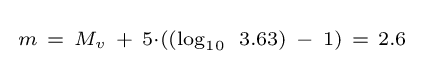
{\begin{smallmatrix}m\ =\ M_{v}\ +\ 5\cdot ((\log _{10}\ 3.63)\ -\ 1)\ =\ 2.6\end{smallmatrix}}